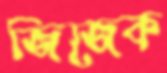
জিজেক